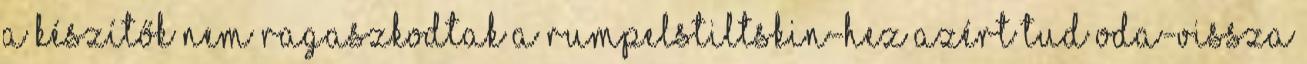
a készítők nem ragaszkodtak a Rumpelstiltskin-hez azért tud oda-vissza